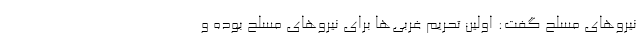
نیرو‌های مسلح گفت: اولین تحریم غربی‌ها برای نیرو‌های مسلح بوده و